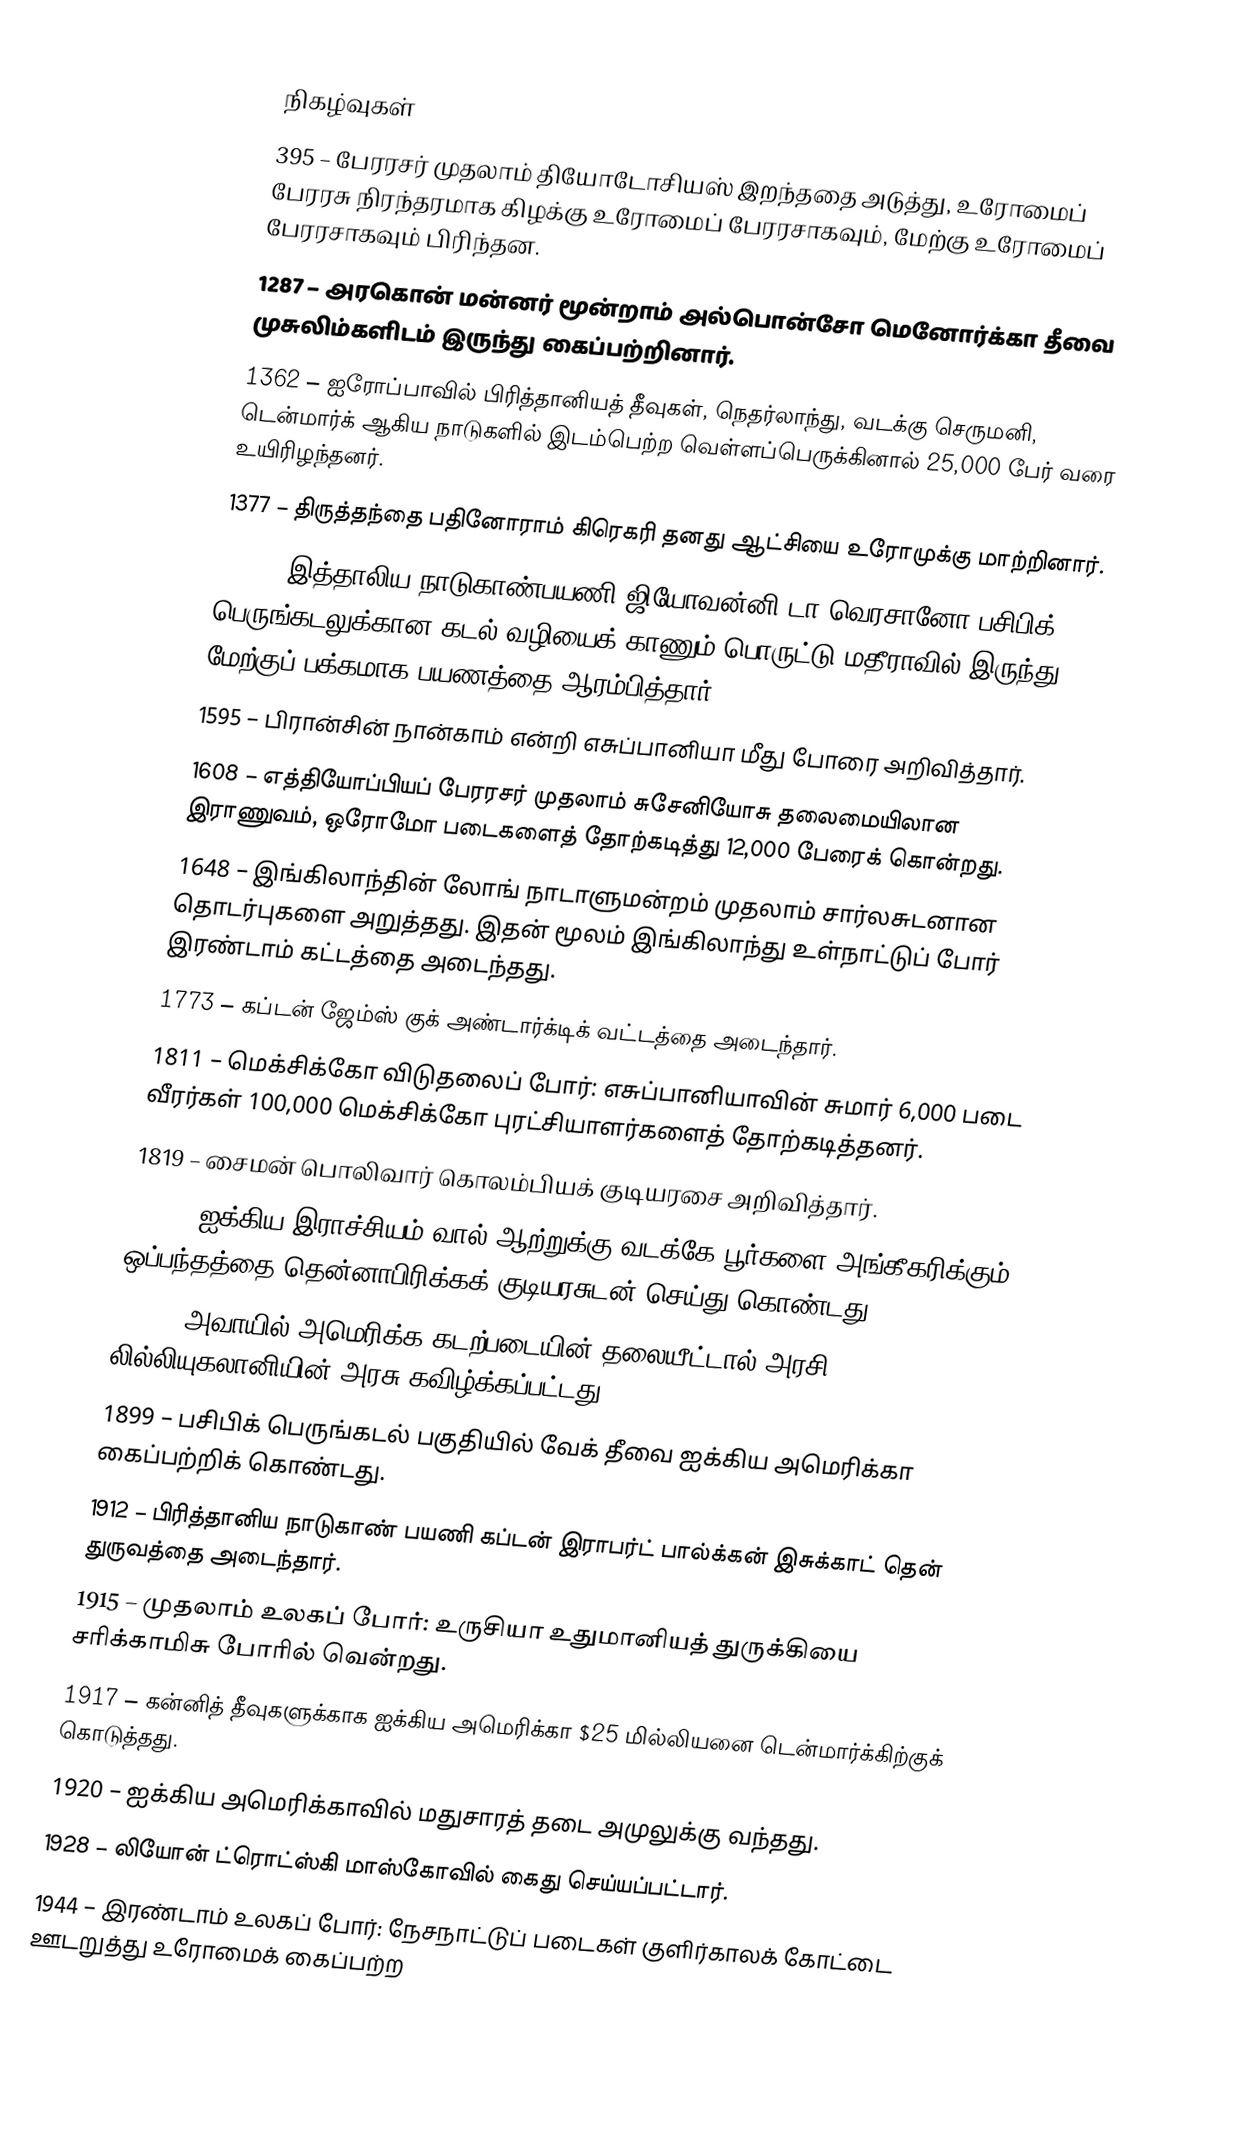

நிகழ்வுகள்
395 – பேரரசர் முதலாம் தியோடோசியஸ் இறந்ததை அடுத்து, உரோமைப் பேரரசு நிரந்தரமாக கிழக்கு உரோமைப் பேரரசாகவும், மேற்கு உரோமைப் பேரரசாகவும் பிரிந்தன.
1287 – அரகொன் மன்னர் மூன்றாம் அல்பொன்சோ மெனோர்க்கா தீவை முசுலிம்களிடம் இருந்து கைப்பற்றினார்.
1362 – ஐரோப்பாவில் பிரித்தானியத் தீவுகள், நெதர்லாந்து, வடக்கு செருமனி, டென்மார்க் ஆகிய நாடுகளில் இடம்பெற்ற வெள்ளப்பெருக்கினால் 25,000 பேர் வரை உயிரிழந்தனர்.
1377 – திருத்தந்தை பதினோராம் கிரெகரி தனது ஆட்சியை உரோமுக்கு மாற்றினார்.
1524 – இத்தாலிய நாடுகாண்பயணி ஜியோவன்னி டா வெரசானோ பசிபிக் பெருங்கடலுக்கான கடல் வழியைக் காணும் பொருட்டு மதீராவில் இருந்து மேற்குப் பக்கமாக பயணத்தை ஆரம்பித்தார்.
1595 – பிரான்சின் நான்காம் என்றி எசுப்பானியா மீது போரை அறிவித்தார்.
1608 – எத்தியோப்பியப் பேரரசர் முதலாம் சுசேனியோசு தலைமையிலான இராணுவம், ஒரோமோ படைகளைத் தோற்கடித்து 12,000 பேரைக் கொன்றது.
1648 – இங்கிலாந்தின் லோங் நாடாளுமன்றம் முதலாம் சார்லசுடனான தொடர்புகளை அறுத்தது. இதன் மூலம் இங்கிலாந்து உள்நாட்டுப் போர் இரண்டாம் கட்டத்தை அடைந்தது.
1773 – கப்டன் ஜேம்ஸ் குக் அண்டார்க்டிக் வட்டத்தை அடைந்தார்.
1811 – மெக்சிக்கோ விடுதலைப் போர்: எசுப்பானியாவின் சுமார் 6,000 படை வீரர்கள் 100,000 மெக்சிக்கோ புரட்சியாளர்களைத் தோற்கடித்தனர்.
1819 – சைமன் பொலிவார் கொலம்பியக் குடியரசை அறிவித்தார்.
1852 – ஐக்கிய இராச்சியம் வால் ஆற்றுக்கு வடக்கே பூர்களை அங்கீகரிக்கும் ஒப்பந்தத்தை தென்னாபிரிக்கக் குடியரசுடன் செய்து கொண்டது.
1893 – அவாயில் அமெரிக்க கடற்படையின் தலையீட்டால் அரசி லில்லியுகலானியின் அரசு கவிழ்க்கப்பட்டது.
1899 – பசிபிக் பெருங்கடல் பகுதியில் வேக் தீவை ஐக்கிய அமெரிக்கா கைப்பற்றிக் கொண்டது.
1912 – பிரித்தானிய நாடுகாண் பயணி கப்டன் இராபர்ட் பால்க்கன் இசுக்காட் தென் துருவத்தை அடைந்தார்.
1915 – முதலாம் உலகப் போர்: உருசியா உதுமானியத் துருக்கியை சரிக்காமிசு போரில் வென்றது.
1917 – கன்னித் தீவுகளுக்காக ஐக்கிய அமெரிக்கா $25 மில்லியனை டென்மார்க்கிற்குக் கொடுத்தது.
1920 – ஐக்கிய அமெரிக்காவில் மதுசாரத் தடை அமுலுக்கு வந்தது.
1928 – லியோன் ட்ரொட்ஸ்கி மாஸ்கோவில் கைது செய்யப்பட்டார்.
1944 – இரண்டாம் உலகப் போர்: நேசநாட்டுப் படைகள் குளிர்காலக் கோட்டை ஊடறுத்து உரோமைக் கைப்பற்ற